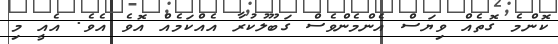
ކޮންމެ ގޮތެއް ވިޔަސް އެންމެންވެސް ގަބޫލުކުރާ އެއްކަމެއް އޮވެ އެވެ. އެއީ މި